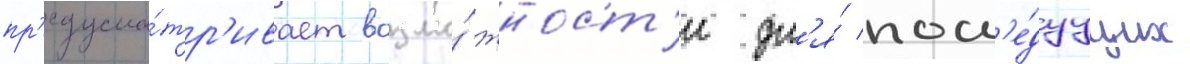
пр'едусма́тр'ивает возмо́жност'и дл'я́ посл'е́дуущих